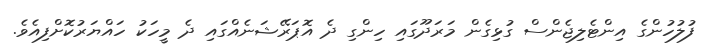
ފުލުހުންގެ އިންޓެލިޖެންސް ގުޅިގެން މަރަދޫގައި ހިންގި ދެ އޮޕަރޭޝަނެއްގައި ދެ މީހަކު ހައްޔަރުކޮށްފިއެވެ.